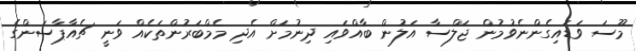
މޫސަ ވަޑައިގެންނެވުމުން ޖަލްސާ އަލުން ބާއްވައި ދިނުމަށް އެދި މެމްބަރުންތަކެއް ވަނީ ޗެއާޕާސަންގެ